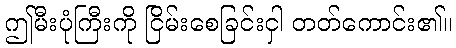
ဤမီးပုံကြီးကို ငြိမ်းစေခြင်းငှါ တတ်ကောင်း၏။